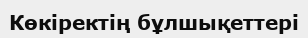
Көкіректің бұлшықеттері